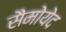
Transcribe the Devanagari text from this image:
सैमोयेद